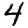
Digit: 4